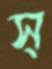
স্